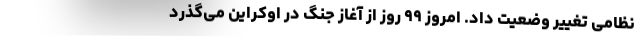
نظامی تغییر وضعیت داد. امروز ۹۹ روز از آغاز جنگ در اوکراین می‌گذرد